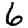
Digit: 6